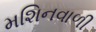
મશિનવાળી